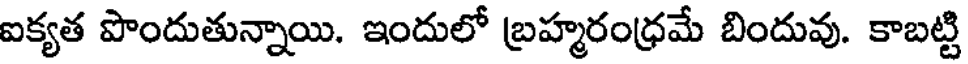
ఐక్యత పొందుతున్నాయి. ఇందులో బ్రహ్మరంధ్రమే బిందువు. కాబట్టి